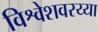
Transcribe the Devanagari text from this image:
विश्वेशवरय्या